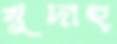
খুদাহ্‌